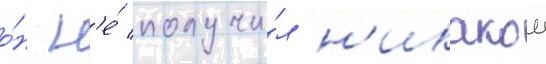
о́н н'е́ получи́л н'икакои